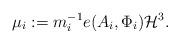
LaTeX: \begin{align*}\mu_i:= m_i^{-1} e(A_i,\Phi_i)\mathcal{H}^3.\end{align*}